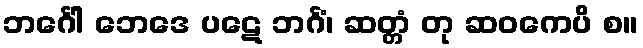
ဘင်္ဂေါ ဘေဒေ ပဋေ ဘင်္ဂံ၊ ဆတ္တံ တု ဆဝကေပိ စ။